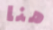
هنا